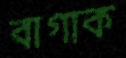
বাগাক